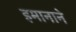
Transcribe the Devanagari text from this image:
इमानाने